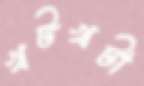
খটখটা